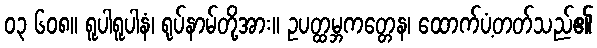
၀၃ ၆၀၈။ ရူပါရူပါနံ၊ ရုပ်နာမ်တို့အား။ ဥပတ္ထမ္ဘကတ္တေန၊ ထောက်ပံ့တတ်သည်၏